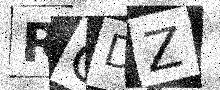
Text: RGDZ